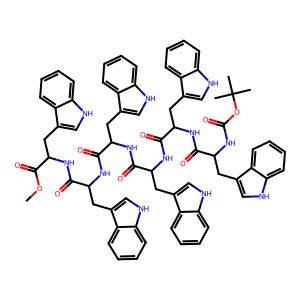
SMILES: COC(=O)C(Cc1c[nH]c2ccccc12)NC(=O)C(Cc1c[nH]c2ccccc12)NC(=O)C(Cc1c[nH]c2ccccc12)NC(=O)C(Cc1c[nH]c2ccccc12)NC(=O)C(Cc1c[nH]c2ccccc12)NC(=O)C(Cc1c[nH]c2ccccc12)NC(=O)OC(C)(C)C
Inhibits HIV replication: No